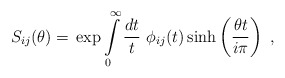
\begin{align*}S_{ij}(\theta )=\,\exp \int\limits_{0}^{\infty }\frac{dt}{t}\,\,\phi_{ij}(t)\sinh \left( \frac{\theta t}{i\pi }\right) \,\,, \end{align*}